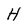
Character: H